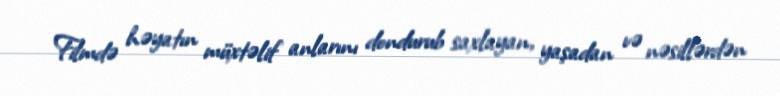
Filmdə həyatın müxtəlif anlarını dondurub saxlayan, yaşadan və nəsillərdən